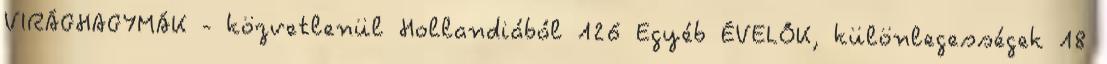
VIRÁGHAGYMÁK - közvetlenül Hollandiából 126 Egyéb ÉVELŐK, különlegességek 18